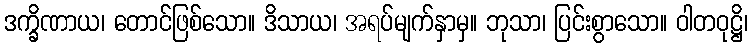
ဒက္ခိဏာယ၊ တောင်ဖြစ်သော။ ဒိသာယ၊ အရပ်မျက်နှာမှ။ ဘုသာ၊ ပြင်းစွာသော။ ဝါတဝုဋ္ဌိ၊